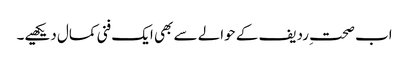
اب صحتِ ردیف کے حوالے سے بھی ایک فنی کمال دیکھیے۔